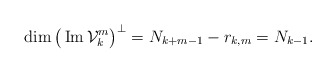
\begin{align*}\dim \big(\operatorname{Im}\mathcal V_k^m\big)^\perp = N_{k+m-1}-r_{k,m}=N_{k-1}.\end{align*}